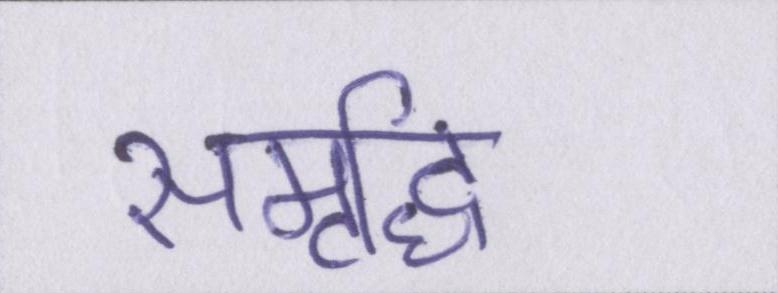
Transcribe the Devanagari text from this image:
समृध्दि